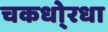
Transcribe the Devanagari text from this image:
चकधो्रधा